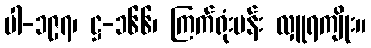
ပါ-၁၉၇၊ ဋ္ဌ-၁၆၆၊ ကြက်ရုံးပန်း လှူရကျိုး။